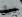
ذيل